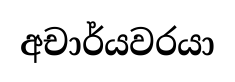
අචාර්යවරයා